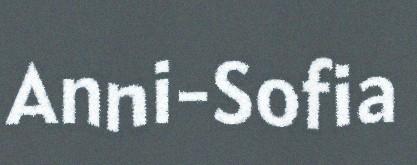
Anni-Sofia